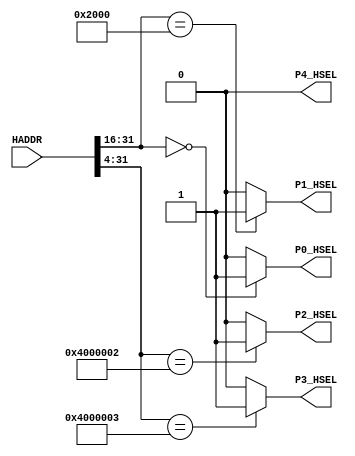
module AHBlite_Decoder
#(
    /*RAMCODE enable parameter*/
    parameter Port0_en = 1,
    /************************/

    /*RAMDATA enable parameter*/
    parameter Port1_en = 1,
    /************************/

    /*GPIO0 enable parameter*/
    parameter Port2_en = 1,
    /************************/

    /*SPI enable parameter*/
    parameter Port3_en=1,
    /************************/

    /*GPIO2 enable parameter*/
    parameter Port4_en=0
    /************************/

    
)(
    input [31:0] HADDR,

    /*RAMCODE OUTPUT SELECTION SIGNAL*/
    output wire P0_HSEL,

    /*RAMDATA OUTPUT SELECTION SIGNAL*/
    output wire P1_HSEL,

    /*GPIO0 OUTPUT SELECTION SIGNAL*/
    output wire P2_HSEL,

    /*UART OUTPUT SELECTION SIGNAL*/
    output wire P3_HSEL,       

    /*GPIO2 OUTPUT SELECTION SIGNAL*/
    output wire P4_HSEL  
);

//RAMCODE-----------------------------------

//0x00000000-0x0000ffff
/*Insert RAMCODE decoder code there*/
assign P0_HSEL = (HADDR[31:16] == 16'h0000) ? Port0_en : 1'd0;
/***********************************/



//PERIPHRAL-----------------------------

//0x40000028 OUT  ENABLE
//0X40000024 IN DATA
//0X40000020 OUT DATA
/*Insert WaterLight decoder code there*/
assign P2_HSEL = (HADDR[31:4] == 28'h4000002) ? Port2_en : 1'd0;
/***********************************/

//0x40000038 OUT  ENABLE
//0X40000034 IN DATA
//0X40000030 OUT DATA
/*Insert UART decoder code there*/
assign P3_HSEL = (HADDR[31:4] == 28'h4000003) ? Port3_en : 1'd0;
/***********************************/

//0x40000048 OUT  ENABLE
//0X40000044 IN DATA
//0X40000040 OUT DATA
/*Insert GPIO decoder code there*/
assign P4_HSEL = 1'd0;
/***********************************/

//RAMDATA-----------------------------
//0X20000000-0X2000FFFF
/*Insert RAMDATA decoder code there*/
assign P1_HSEL = (HADDR[31:16] == 16'h2000) ? Port1_en : 1'b0;
/***********************************/

endmodule